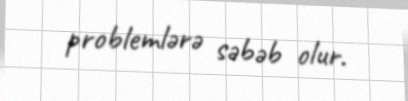
problemlərə səbəb olur.